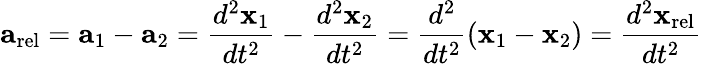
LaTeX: \mathbf{a}_{\mathrm{{rel}}}=\mathbf{a}_{1}-\mathbf{a}_{2}={\frac{d^{2}\mathbf{x}_{1}}{dt^{2}}}-{\frac{d^{2}\mathbf{x}_{2}}{dt^{2}}}={\frac{d^{2}}{dt^{2}}}(\mathbf{x}_{1}-\mathbf{x}_{2})={\frac{d^{2}\mathbf{x}_{\mathrm{{rel}}}}{dt^{2}}}